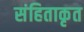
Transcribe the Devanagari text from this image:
संहिताकृत